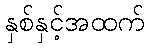
နှစ်နှင့်အထက်